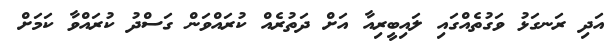
އަދި ރަނގަޅު ވަގުތެއްގައި ލައިބީރިއާ އަށް ދަތުރެއް ކުރައްވަން ގަސްދު ކުރައްވާ ކަމަށް